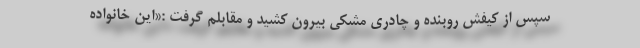
سپس از کیفش روبنده و چادری مشکی بیرون کشید و مقابلم گرفت :«این خانواده